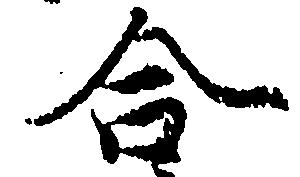
合